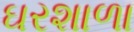
ઘરશાળા